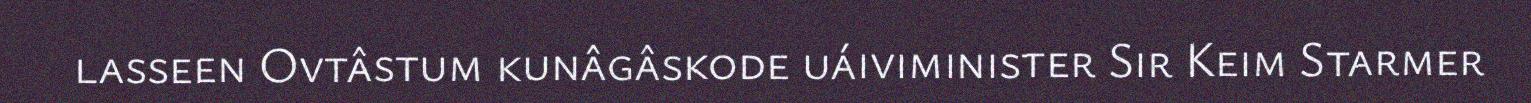
lasseen Ovtâstum kunâgâskode uáiviminister Sir Keim Starmer